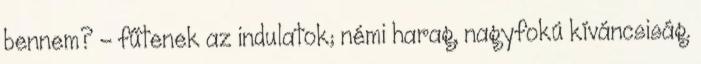
bennem? - fűtenek az indulatok; némi harag, nagyfokú kíváncsiság.